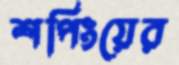
শপিংয়ের